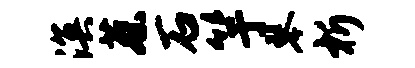
溟蔡石竽琴析